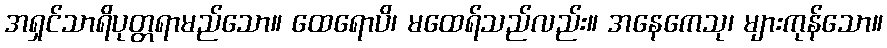
အရှင်သာရိပုတ္တရာမည်သော။ ထေရောပိ၊ မထေရ်သည်လည်း။ အနေကေသု၊ များကုန်သော။